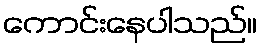
ကောင်းနေပါသည်။